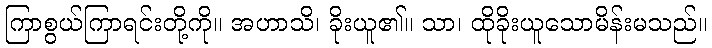
ကြာစွယ်ကြာရင်းတို့ကို။ အဟာသိ၊ ခိုးယူ၏။ သာ၊ ထိုခိုးယူသောမိန်းမသည်။